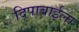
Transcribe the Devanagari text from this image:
दिपाबाईला